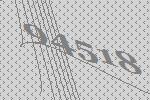
94518